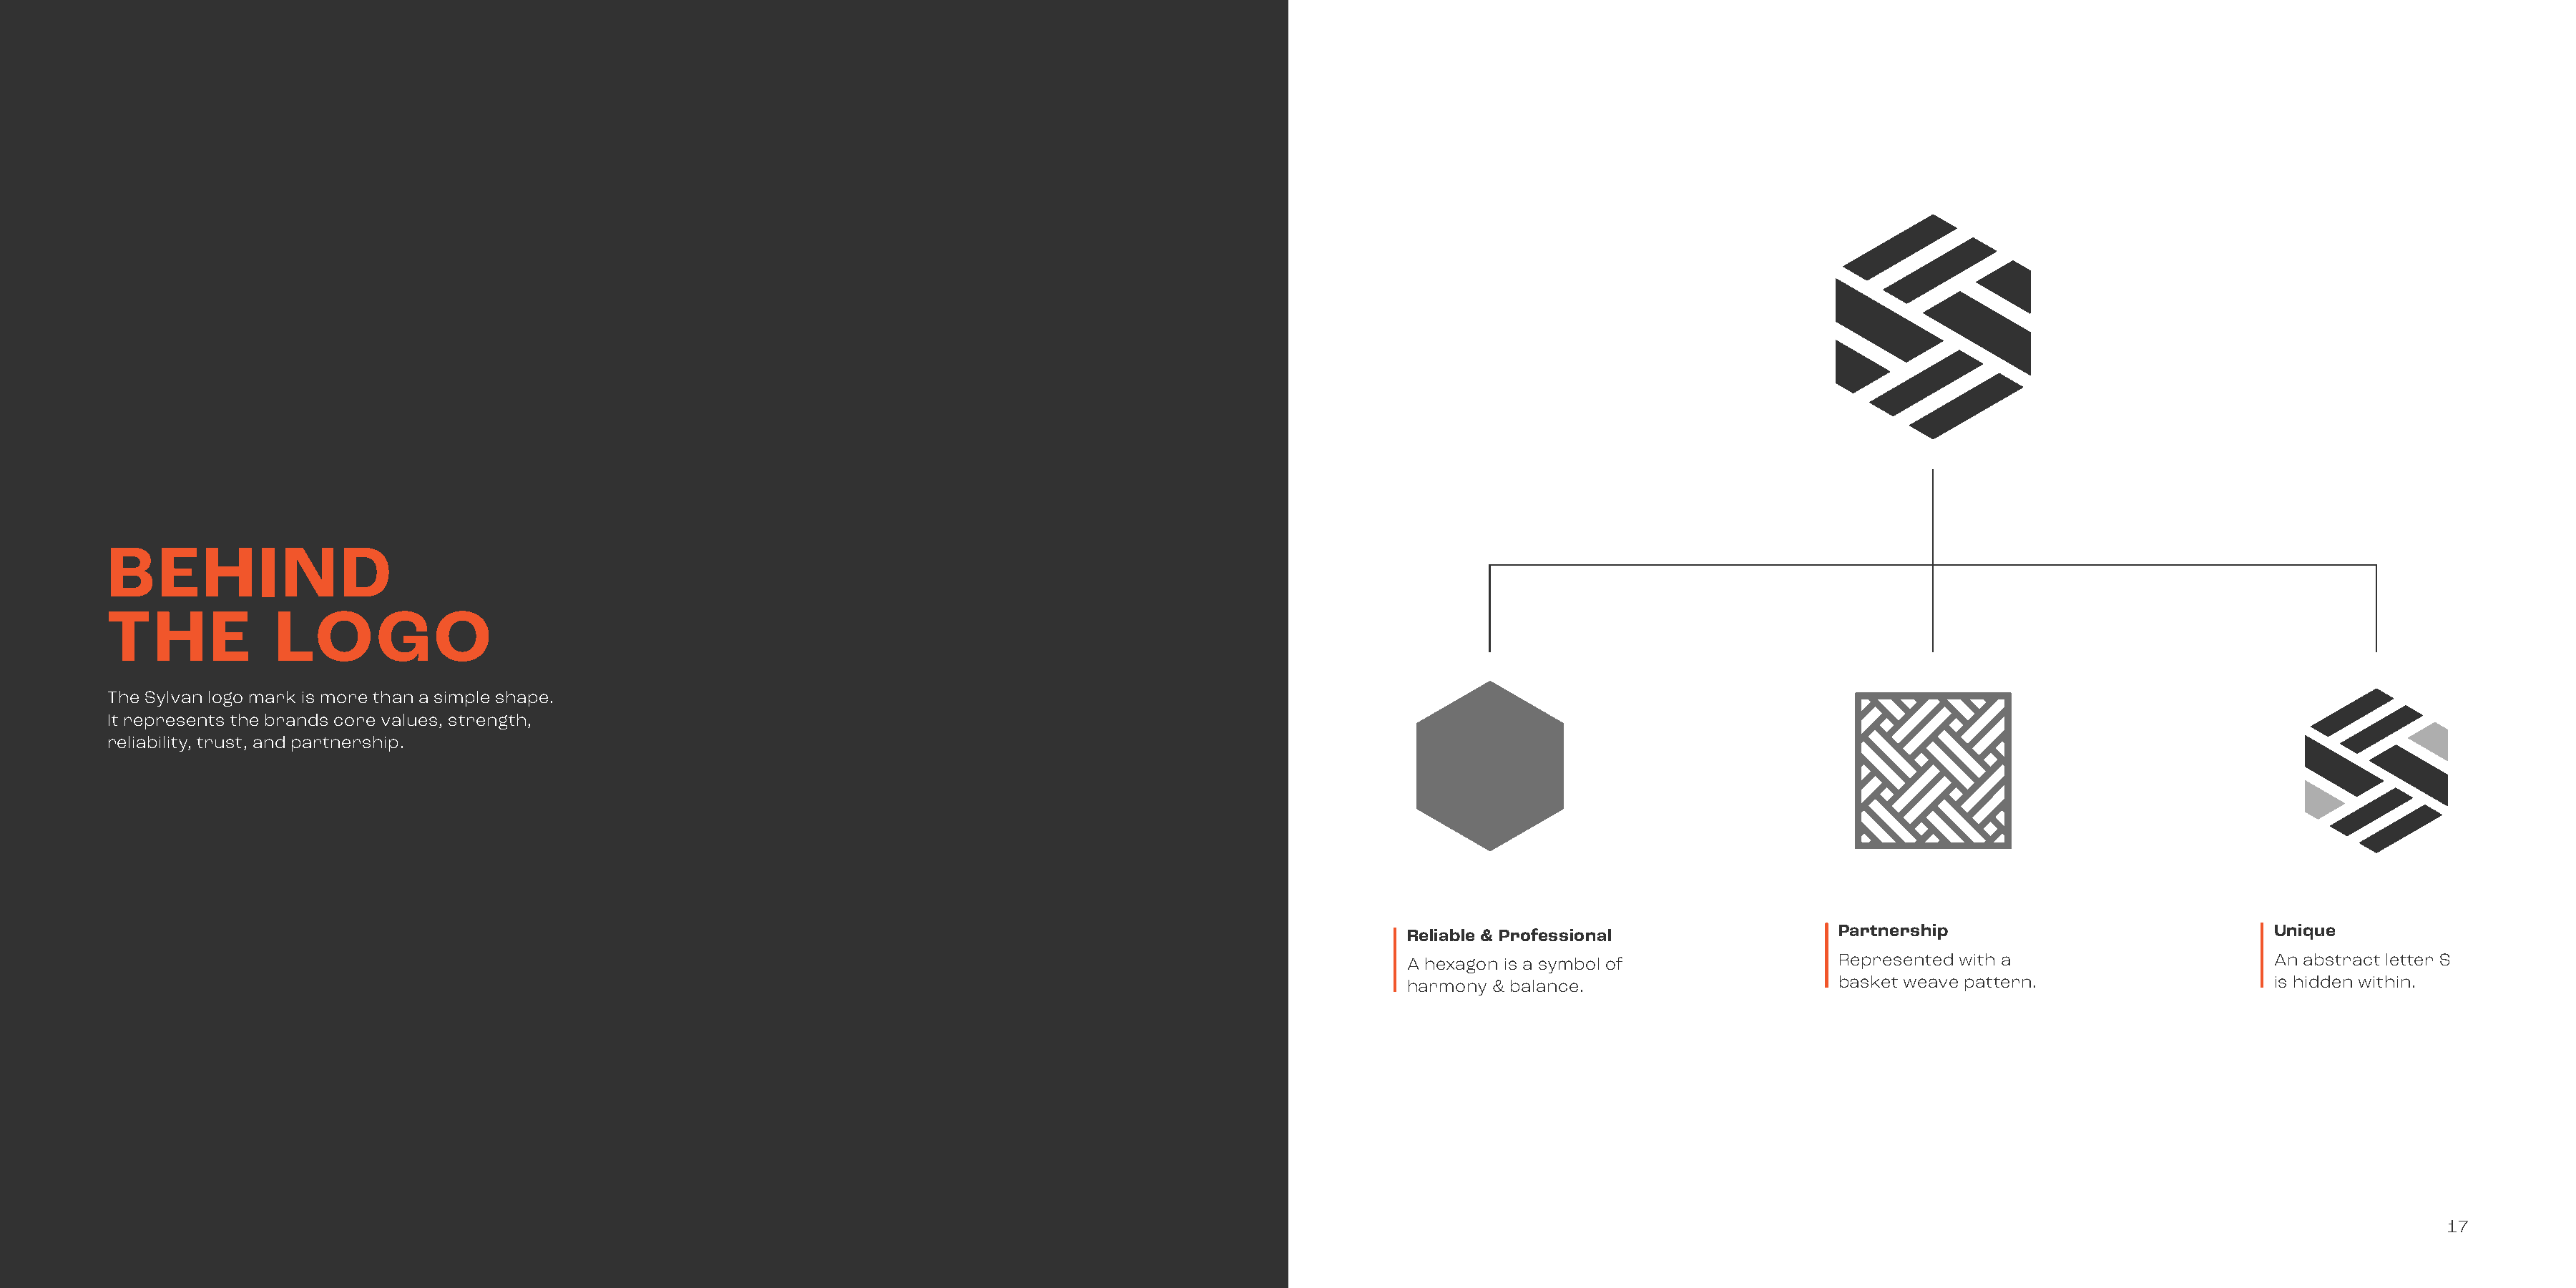
BEHIND
 THE            LOGO
 The Sylvan logo mark is more than a simple shape.
 It represents the brands core values, strength,
 reliability, trust, and partnership.
 Reliable & Professional                 Partnership                             Unique
 A hexagon is a symbol of                Represented with a                      An abstract letter S
 harmony & balance.                      basket weave pattern.                   is hidden within.
 17